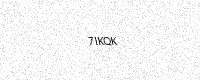
Text: 7IKQK